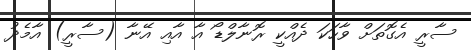
ސާރީ އެގޮތަށް ވާހަކަ ދެއްކީ ރޮނާލްޑޯ އާ އާއި އޭނާ (ސާރީ) އާމެދު